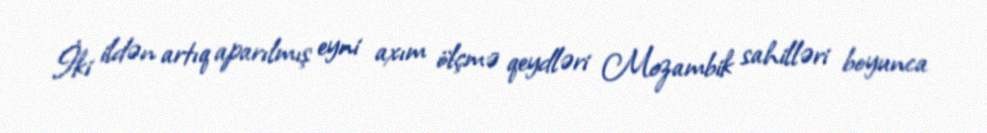
İki ildən artıq aparılmış eyni axım ölçmə qeydləri Mozambik sahilləri boyunca